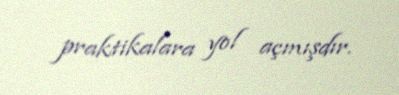
praktikalara yol açmışdır.